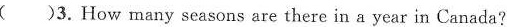
()3. How many seasons are there in a year in Canada?